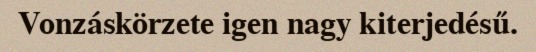
Vonzáskörzete igen nagy kiterjedésű.